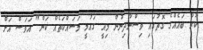
ކުރާ ބައެއްގެ ގޮތުގައި ވިސްނާދިނުން މިއީ ގައުމީ މަސައްކަތެއް ކަން" އަވަސް އަށް